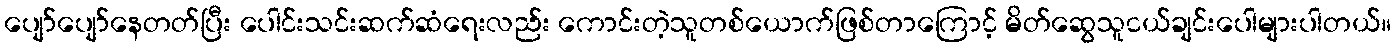
ပျော်ပျော်နေတတ်ပြီး ပေါင်းသင်းဆက်ဆံရေးလည်း ကောင်းတဲ့သူတစ်ယောက်ဖြစ်တာကြောင့် မိတ်ဆွေသူငယ်ချင်းပေါများပါတယ်။